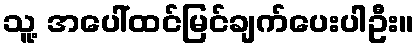
သူ့ အပေါ်ထင်မြင်ချက်ပေးပါဦး။